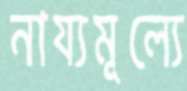
নায্যমূল্যে